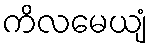
ကိလမေယျံ